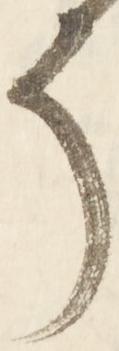
そ